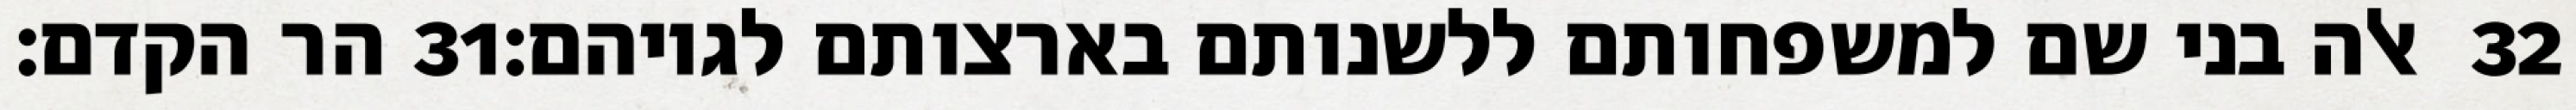
הר הקדם׃ ‎31‏ אלה בני שם למשפחותם ללשנותם בארצותם לגויהם׃ ‎32‏